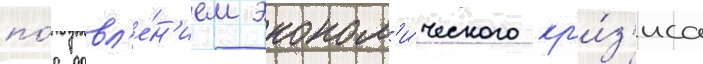
по́д давл'е́н'ием эконом'и́ческого кр'и́з'иса